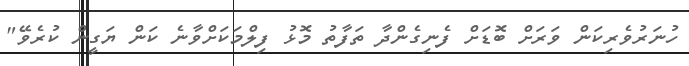
ހުނަރުވެރިކަން ވަރަށް ބޮޑަށް ފެނިގެންދާ ތަފާތު މޮޅު ފިލްމަކަށްވާނެ ކަން ޔަގީން ކުރެވޭ"